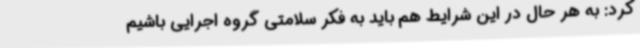
کرد: به هر حال در این شرایط هم باید به فکر سلامتی گروه اجرایی باشیم